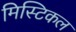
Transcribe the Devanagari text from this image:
मिस्टिकल